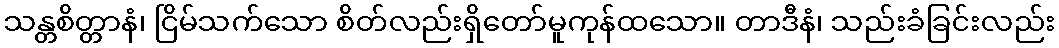
သန္တစိတ္တာနံ၊ ငြိမ်သက်သော စိတ်လည်းရှိတော်မူကုန်ထသော။ တာဒီနံ၊ သည်းခံခြင်းလည်း